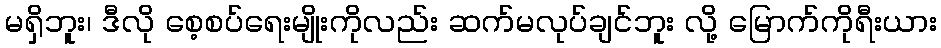
မရှိဘူး၊ ဒီလို စေ့စပ်ရေးမျိုးကိုလည်း ဆက်မလုပ်ချင်ဘူး လို့ မြောက်ကိုရီးယား